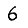
Digit: 6